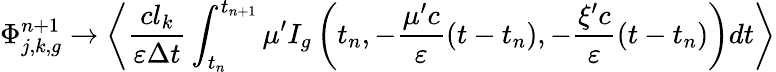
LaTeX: \Phi_{j,k,g}^{n+1}\to\left\langle\frac{cl_{k}}{\varepsilon\Delta t}\int_{t_{n}}^{t_{n+1}}\mu^{\prime}I_{g}\left(t_{n},-\frac{\mu^{\prime}c}{\varepsilon}\left(t-t_{n}\right),-\frac{\xi^{\prime}c}{\varepsilon}\left(t-t_{n}\right)\right)dt\right\rangle